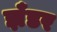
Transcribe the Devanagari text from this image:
झँडर